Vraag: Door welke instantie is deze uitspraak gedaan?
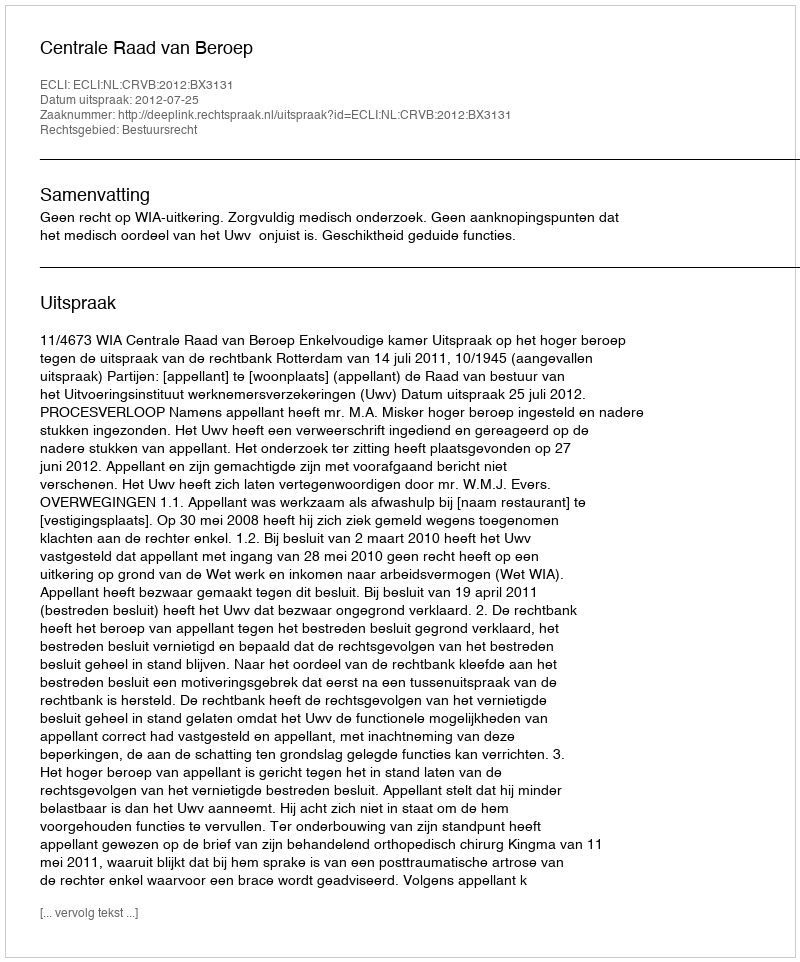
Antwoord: Centrale Raad van Beroep